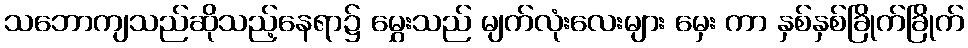
သဘောကျသည်ဆိုသည့်နေရာ၌ မွှေးသည် မျက်လုံးလေးများ မှေး ကာ နှစ်နှစ်ခြိုက်ခြိုက်